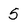
Character: 5